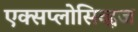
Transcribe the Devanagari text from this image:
एक्सप्लोसिव्ह्वज